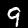
Digit: 9